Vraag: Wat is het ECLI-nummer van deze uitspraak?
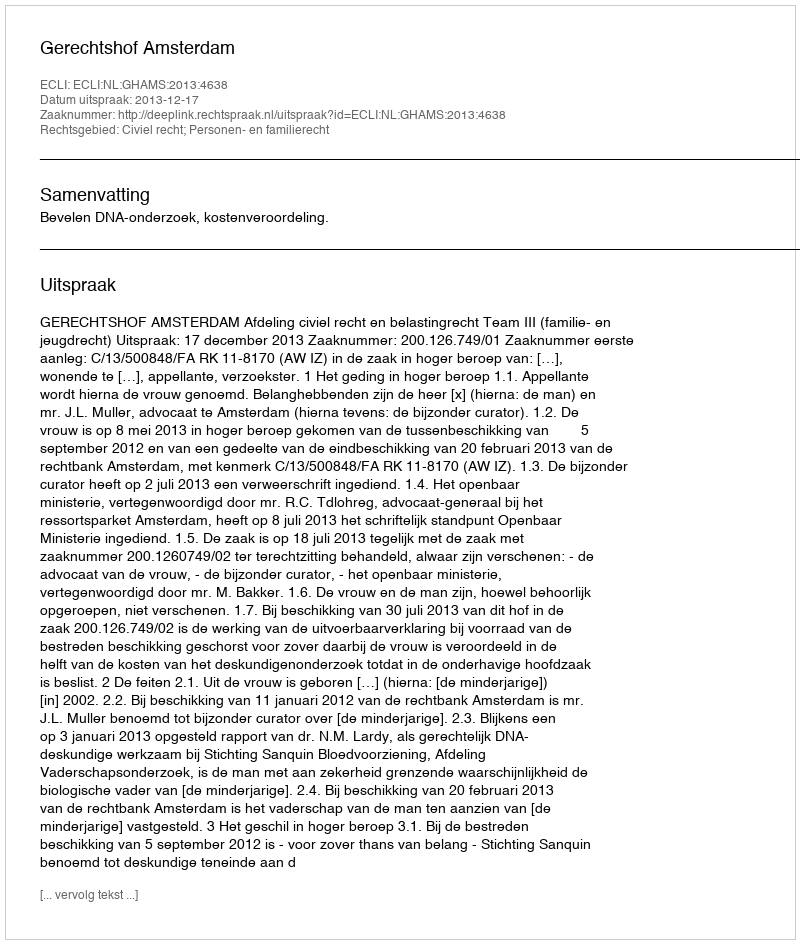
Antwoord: ECLI:NL:GHAMS:2013:4638